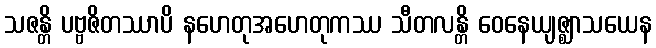
သဇန္တိ ပဗ္ဗဇိတဿာပိ နဟေတုအဟေတုကဿ သီတလန္တိ ဝေနေယျဇ္ဈာသယေန